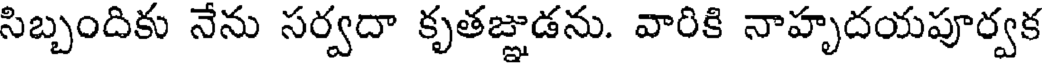
సిబ్బందికు నేను సర్వదా కృతజ్ఞుడను. వారికి నాహృదయపూర్వక